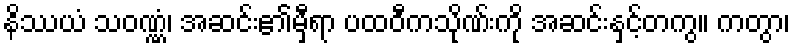
နိဿယံ သဝဏ္ဏံ၊ အဆင်း၏မှီရာ ပထဝီကသိုဏ်းကို အဆင်းနှင့်တကွ။ ကတွာ၊